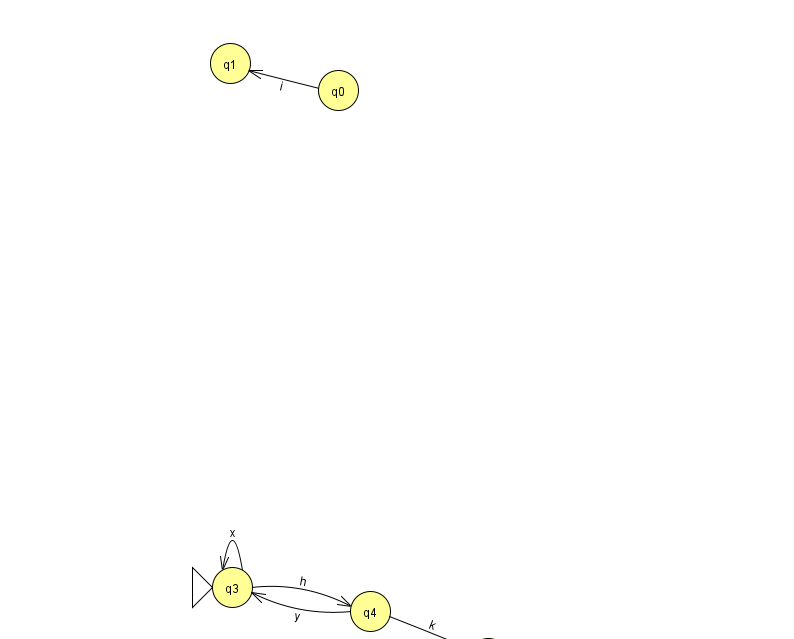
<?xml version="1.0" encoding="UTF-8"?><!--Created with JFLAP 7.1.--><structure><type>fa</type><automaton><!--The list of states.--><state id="0" name="q0"><x>338.0</x><y>77.0</y></state><state id="1" name="q1"><x>230.0</x><y>50.0</y></state><state id="2" name="q2"><x>488.0</x><y>645.0</y><final/></state><state id="3" name="q3"><x>232.0</x><y>574.0</y><initial/></state><state id="4" name="q4"><x>370.0</x><y>598.0</y></state><!--The list of transitions.--><transition><from>0</from><to>1</to><read>i</read></transition><transition><from>3</from><to>4</to><read>h</read></transition><transition><from>4</from><to>2</to><read>k</read></transition><transition><from>4</from><to>3</to><read>y</read></transition><transition><from>3</from><to>3</to><read>x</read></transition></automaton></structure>